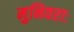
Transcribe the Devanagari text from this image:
मुनिवराः